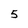
Character: 5